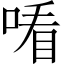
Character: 𠸦